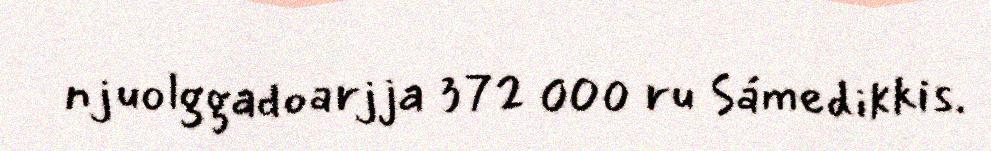
njuolggadoarjja 372 000 ru Sámedikkis.